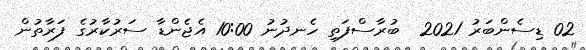
02 ޑިސެންބަރު 2021  ބުރާސްފަތި ހެނދުނު 10:00 އެޖެންޑާ ސަރުކާރުގެ ފަރާތުން